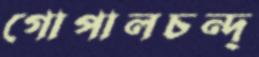
গোপালচন্দ্